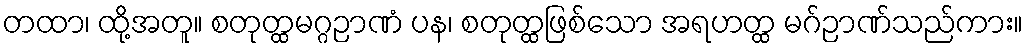
တထာ၊ ထို့အတူ။ စတုတ္ထမဂ္ဂဉာဏံ ပန၊ စတုတ္ထဖြစ်သော အရဟတ္ထ မဂ်ဉာဏ်သည်ကား။